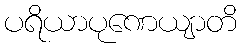
ပရိယာပုဏေယျာတိ